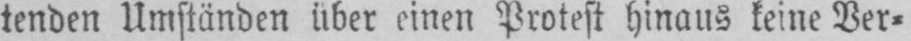
einen Protest hinaus keine Ver⸗